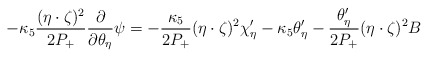
\begin{align*}-\kappa_5\frac{(\eta\cdot\zeta)^2}{2P_+}\frac{\partial}{\partial\theta_\eta} \psi = -\frac{\kappa_5}{2P_+} (\eta\cdot\zeta)^2\chi'_\eta - \kappa_5 \theta'_\eta - \frac{\theta'_\eta}{2P_+}(\eta\cdot\zeta)^2 B\end{align*}